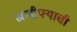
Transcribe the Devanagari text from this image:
खलीफ्याची